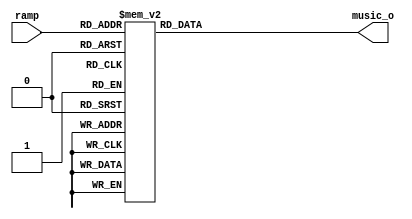
module wave_gen_sin(
input  [5:0] ramp,
output reg [15:0]music_o
);


always@(ramp[5:0])
begin
    case(ramp[5:0])
 0 :music_o=16'h0;
 1 :music_o=16'h322;
 2 :music_o=16'h63D;
 3 :music_o=16'h948;
 4 :music_o=16'hC3D;
 5 :music_o=16'hF13;
 6 :music_o=16'h11C5;
 7 :music_o=16'h144A;
 8 :music_o=16'h169E;
 9 :music_o=16'h18B9;
 10 :music_o=16'h1A98;
 11 :music_o=16'h1C36;
 12 :music_o=16'h1D8E;
 13 :music_o=16'h1E9D;
 14 :music_o=16'h1F61;
 15 :music_o=16'h1FD7;
 16 :music_o=16'h1FFF;
 17 :music_o=16'h1FD8;
 18 :music_o=16'h1F63;
 19 :music_o=16'h1EA1;
 20 :music_o=16'h1D93;
 21 :music_o=16'h1C3C;
 22 :music_o=16'h1AA0;
 23 :music_o=16'h18C2;
 24 :music_o=16'h16A7;
 25 :music_o=16'h1454;
 26 :music_o=16'h11CF;
 27 :music_o=16'hF1F;
 28 :music_o=16'hC49;
 29 :music_o=16'h955;
 30 :music_o=16'h64A;
 31 :music_o=16'h32F;
 32 :music_o=16'hD;
 33 :music_o=16'hFFFFFCEA;
 34 :music_o=16'hFFFFF9CF;
 35 :music_o=16'hFFFFF6C3;
 36 :music_o=16'hFFFFF3CE;
 37 :music_o=16'hFFFFF0F7;
 38 :music_o=16'hFFFFEE45;
 39 :music_o=16'hFFFFEBBF;
 40 :music_o=16'hFFFFE96B;
 41 :music_o=16'hFFFFE74E;
 42 :music_o=16'hFFFFE56E;
 43 :music_o=16'hFFFFE3CF;
 44 :music_o=16'hFFFFE276;
 45 :music_o=16'hFFFFE166;
 46 :music_o=16'hFFFFE0A1;
 47 :music_o=16'hFFFFE029;
 48 :music_o=16'hFFFFE000;
 49 :music_o=16'hFFFFE025;
 50 :music_o=16'hFFFFE099;
 51 :music_o=16'hFFFFE15A;
 52 :music_o=16'hFFFFE267;
 53 :music_o=16'hFFFFE3BD;
 54 :music_o=16'hFFFFE558;
 55 :music_o=16'hFFFFE735;
 56 :music_o=16'hFFFFE94F;
 57 :music_o=16'hFFFFEBA1;
 58 :music_o=16'hFFFFEE25;
 59 :music_o=16'hFFFFF0D5;
 60 :music_o=16'hFFFFF3AA;
 61 :music_o=16'hFFFFF69E;
 62 :music_o=16'hFFFFF9A9;
 63 :music_o=16'hFFFFFCC3;
default	:music_o=0;
	endcase
end
endmodule